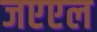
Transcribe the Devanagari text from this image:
जएएल